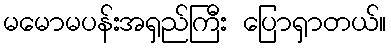
မမောမပန်းအရှည်ကြီး ပြောရှာတယ်။